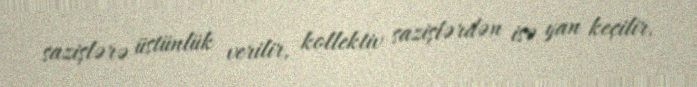
sazişlərə üstünlük verilir, kollektiv sazişlərdən isə yan keçilir.